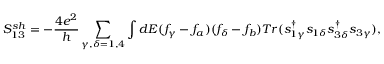
{ S _ { 1 3 } ^ { s h } } = - \frac { 4 e ^ { 2 } } { h } \sum _ { \gamma , \delta = 1 , 4 } \int d E ( f _ { \gamma } - f _ { a } ) ( f _ { \delta } - f _ { b } ) T r ( s _ { 1 \gamma } ^ { \dagger } s _ { 1 \delta } s _ { 3 \delta } ^ { \dagger } s _ { 3 \gamma } ) ,